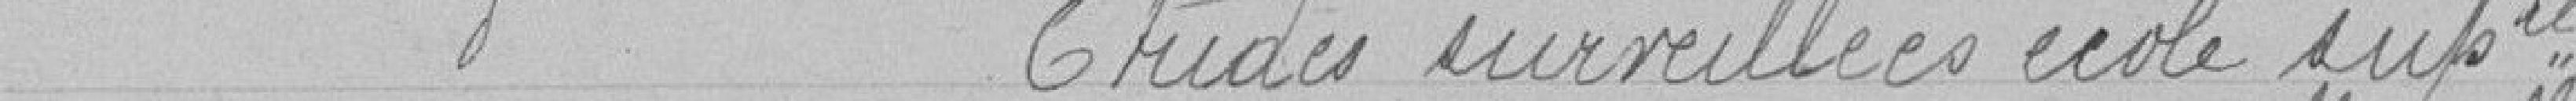
Idem - Etudes surveillées école supérieure